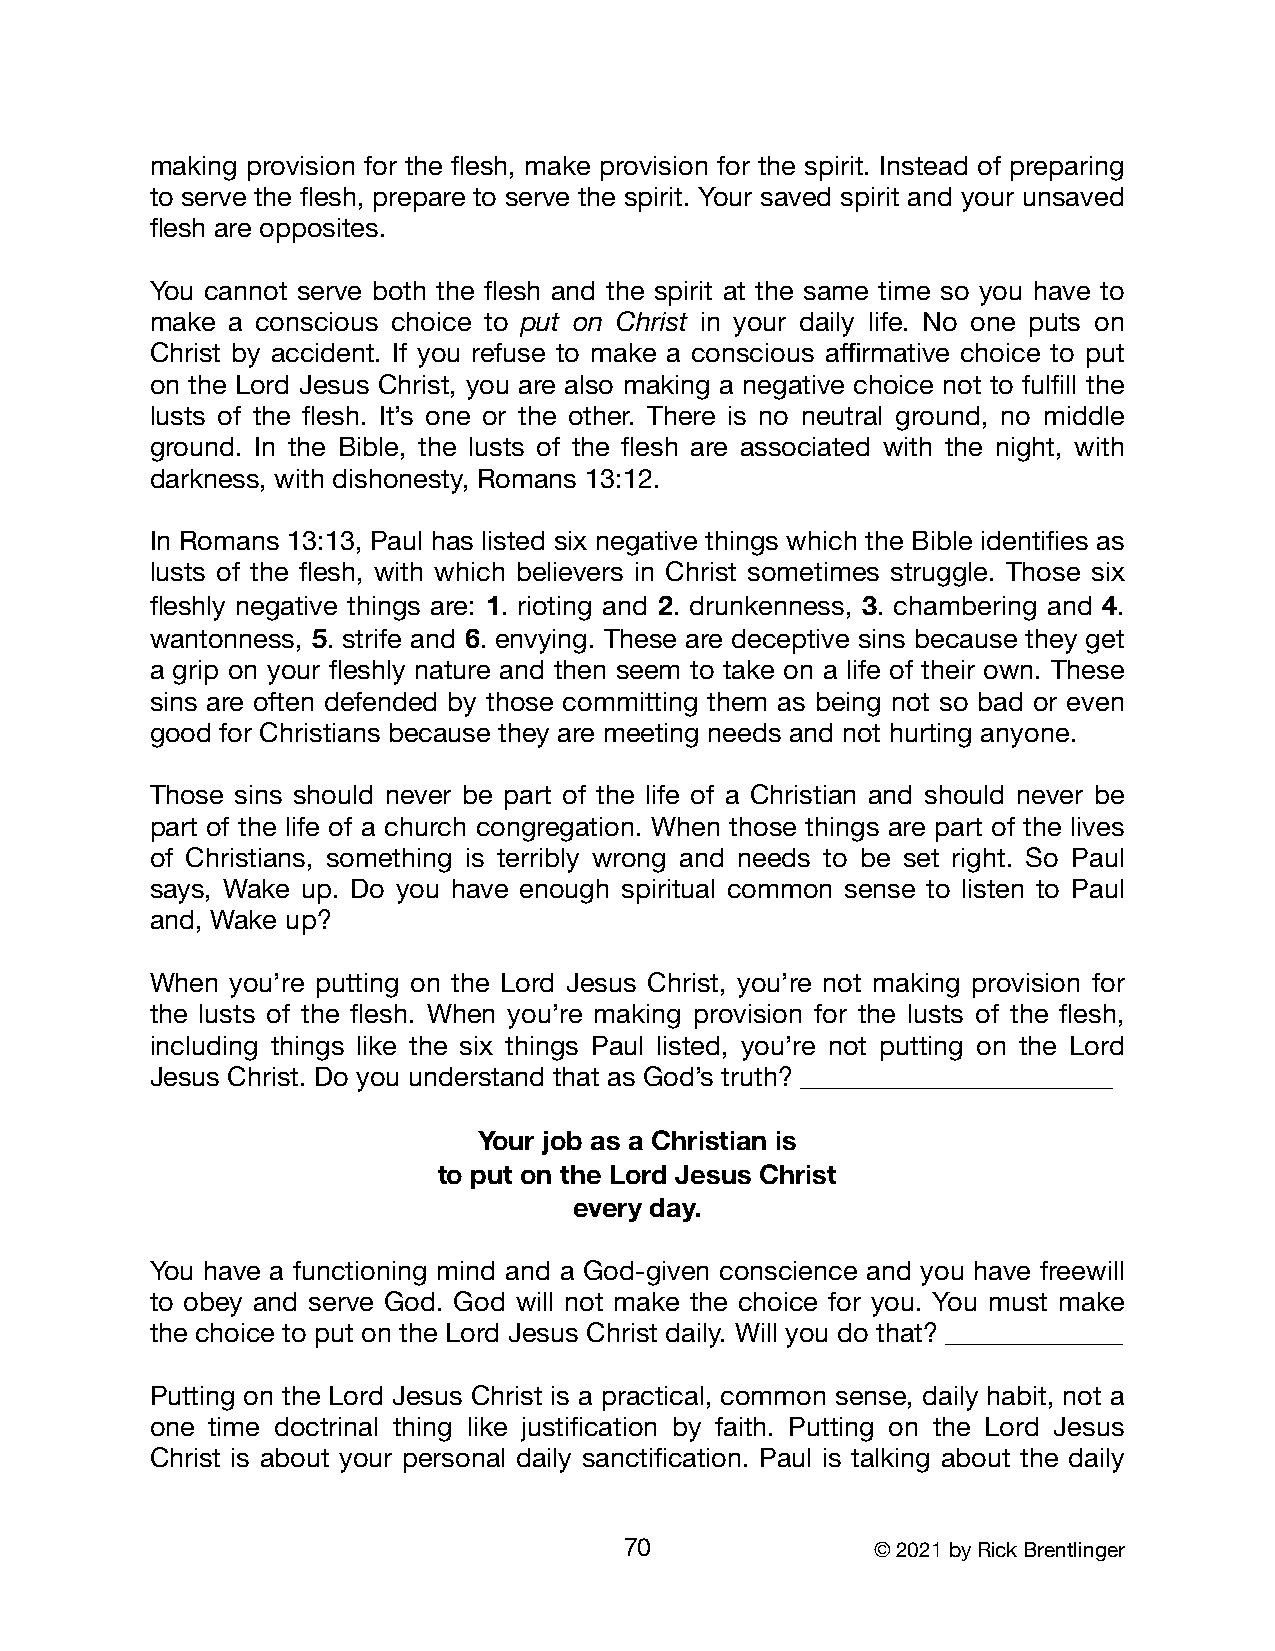
making provision for the flesh, make provision for the spirit. Instead of preparing
 to serve the flesh, prepare to serve the spirit. Your saved spirit and your unsaved
 flesh are opposites.
 You cannot serve both the flesh and the spirit at the same time so you have to
 make a conscious choice to put on Christ in your daily life. No one puts on
 Christ by accident. If you refuse to make a conscious affirmative choice to put
 on the Lord Jesus Christ, you are also making a negative choice not to fulfill the
 lusts of the flesh. It’s one or the other. There is no neutral ground, no middle
 ground. In the Bible, the lusts of the flesh are associated with the night, with
 darkness, with dishonesty, Romans 13:12.
 In Romans 13:13, Paul has listed six negative things which the Bible identifies as
 lusts of the flesh, with which believers in Christ sometimes struggle. Those six
 fleshly negative things are: 1. rioting and 2. drunkenness, 3. chambering and 4.
 wantonness, 5. strife and 6. envying. These are deceptive sins because they get
 a grip on your fleshly nature and then seem to take on a life of their own. These
 sins are often defended by those committing them as being not so bad or even
 good for Christians because they are meeting needs and not hurting anyone.
 Those sins should never be part of the life of a Christian and should never be
 part of the life of a church congregation. When those things are part of the lives
 of Christians, something is terribly wrong and needs to be set right. So Paul
 says, Wake up. Do you have enough spiritual common sense to listen to Paul
 and, Wake up?
 When you’re putting on the Lord Jesus Christ, you’re not making provision for
 the lusts of the flesh. When you’re making provision for the lusts of the flesh,
 including things like the six things Paul listed, you’re not putting on the Lord
 Jesus Christ. Do you understand that as God’s truth? _______________________
 Your job as a Christian is
 to put on the Lord Jesus Christ
 every day.
 You have a functioning mind and a God-given conscience and you have freewill
 to obey and serve God. God will not make the choice for you. You must make
 the choice to put on the Lord Jesus Christ daily. Will you do that? _____________
 Putting on the Lord Jesus Christ is a practical, common sense, daily habit, not a
 one time doctrinal thing like justification by faith. Putting on the Lord Jesus
 Christ is about your personal daily sanctification. Paul is talking about the daily
 70               © 2021 by Rick Brentlinger